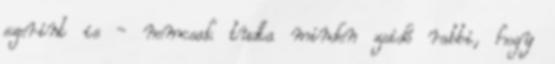
szerint is - nemcsak tudta minden zsidó rabbi, hogy